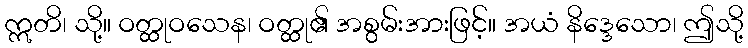
ဣတိ၊ သို့။ ဝတ္ထုဝသေန၊ ဝတ္ထု၏ အစွမ်းအားဖြင့်။ အယံ နိဒ္ဒေသော၊ ဤသို့